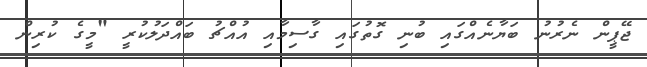
ޖޭޕީން ނެރުނު ބަޔާނެއްގައި ބުނި ގޮތުގައި ގާސިމާއި އުއްޗު ބައްދަލުކުރީ "މީގެ ކުރިން